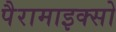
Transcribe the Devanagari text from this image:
पैरामाइक्सो